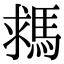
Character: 𩣗